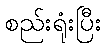
စည်းရုံးပြီး